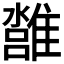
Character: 𩀢